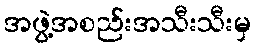
အဖွဲ့အစည်းအသီးသီးမှ